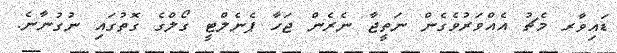
ޑައިވާރ މެޗު އެއްވަރުވެގެން ނަތީޖާ ނެރެން ޖަހާ ޕެނެލްޓީ ގޯލްގެ ގޮތުގައި ނުގުނާނެ.